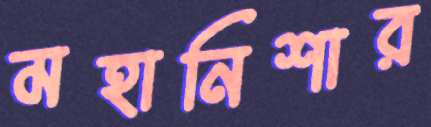
মহানিশার